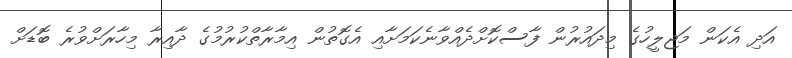
އަދި އެކަން މަޖިލީހުގެ މިދައުރުން ފާސްކޮށްދެެއްވާނެކަމަށާއި އެގޮތުން އިމާރާތްކުރުމުގެ ދާއިރާ މިހާރަށްވުރެ ބޮޑަށް